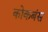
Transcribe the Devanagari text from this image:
कोकबंस